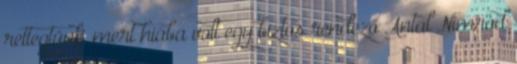
rettegtünk, mert hiába volt egy biztos rendező Antal Nimród